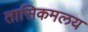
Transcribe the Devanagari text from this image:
तासिकमलय